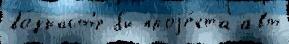
во́зраст'е бы проjе́кта авт